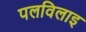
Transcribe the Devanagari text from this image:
पलविलाइ